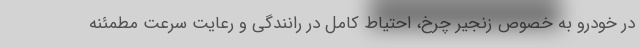
در خودرو به خصوص زنجیر چرخ، احتیاط کامل در رانندگی و رعایت سرعت مطمئنه